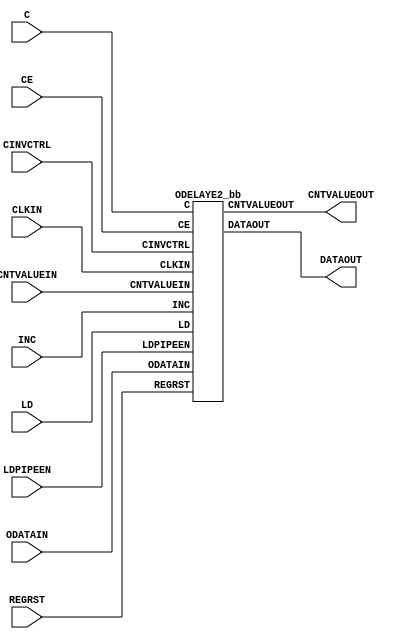
///////////////////////////////////////////////////////////////////////////////
// Copyright (c) 1995/2015 Xilinx, Inc.
// All Right Reserved.
///////////////////////////////////////////////////////////////////////////////
//   ____  ____
//  /   /\/   /
// /___/  \  /    Vendor : Xilinx
// \   \   \/     Version : 2015.4
//  \   \         Description : Xilinx Formal Library Component
//  /   /                  Onput Fixed or Variable Delay Element.
// /___/   /\     Filename : ODELAYE2.v
// \   \  /  \
//  \___\/\___\
//
///////////////////////////////////////////////////////////////////////////////
// Revision:
//    09/21/09 - Initial version.
//    10/31/14 - Added inverter functionality for IS_*_INVERTED parameter (CR 828995).
// End Revision
///////////////////////////////////////////////////////////////////////////////

`timescale  1 ps / 1 ps

`celldefine

module ODELAYE2 (CNTVALUEOUT, DATAOUT, C, CE, CINVCTRL, CLKIN, CNTVALUEIN, INC, LD, LDPIPEEN, ODATAIN, REGRST);

    parameter CINVCTRL_SEL = "FALSE";
    parameter DELAY_SRC = "ODATAIN";
    parameter HIGH_PERFORMANCE_MODE    = "FALSE";
    parameter [0:0] IS_C_INVERTED = 1'b0;
    parameter [0:0] IS_ODATAIN_INVERTED = 1'b0;
    parameter ODELAY_TYPE  = "FIXED";
    parameter integer ODELAY_VALUE = 0;
    parameter PIPE_SEL = "FALSE";
    parameter real REFCLK_FREQUENCY = 200.0;
    parameter SIGNAL_PATTERN    = "DATA";

`ifdef XIL_TIMING

  parameter LOC = "UNPLACED";
  parameter integer SIM_DELAY_D = 0;

`endif

    output [4:0] CNTVALUEOUT;
    output DATAOUT;

    input C;
    input CE;
    input CINVCTRL;
    input CLKIN;
    input [4:0] CNTVALUEIN;
    input INC;
    input LD;
    input LDPIPEEN;
    input ODATAIN;
    input REGRST;
   
   wire C_in;
   wire ODATAIN_in;

   assign C_in = IS_C_INVERTED ^ C;
   assign ODATAIN_in = IS_ODATAIN_INVERTED ^ ODATAIN;

   ODELAYE2_bb inst_bb (
            .CNTVALUEOUT(CNTVALUEOUT),
            .DATAOUT(DATAOUT),
            .C(C_in),
            .CE(CE),
            .CINVCTRL(CINVCTRL),
            .CLKIN(CLKIN),
            .CNTVALUEIN(CNTVALUEIN),
            .INC(INC),
            .LD(LD),
            .LDPIPEEN(LDPIPEEN),
            .ODATAIN(ODATAIN_in),
            .REGRST(REGRST)
            );

endmodule

module ODELAYE2_bb (
    output [4:0] CNTVALUEOUT,
    output DATAOUT,

    input C,
    input CE,
    input CINVCTRL,
    input CLKIN,
    input [4:0] CNTVALUEIN,
    input INC,
    input LD,
    input LDPIPEEN,
    input ODATAIN,
    input REGRST
);

endmodule

`endcelldefine